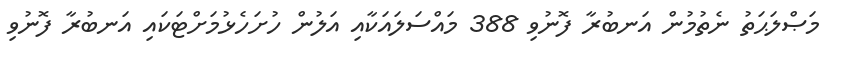
މަޞްލަޙަތު ނެތުމުން އަނބުރާ ފޮނުވި 388 މައްސަލައަކާއި އަލުން ހުށަހެޅުމަށްޓަކައި އަނބުރާ ފޮނުވި